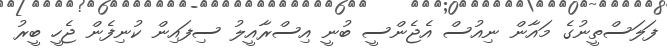
ފަލަސްތީނުގެ މައާން ނިއުސް އެޖެންސީ ބުނީ އިސްރާއީލު ސިފައިން ކުނިފެން ޖެހީ ބީރު